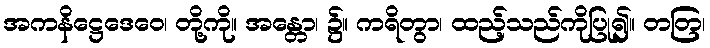
အကနိဋ္ဌေဒေဝေ၊ တို့ကို။ အန္တော၊ ၌။ ကရိတွာ၊ ထည့်သည်ကိုပြု၍။ တတြ၊